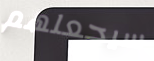
سيجعلهم